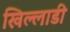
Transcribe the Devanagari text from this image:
खिल्लाडी